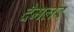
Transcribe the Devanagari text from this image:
दैमलर